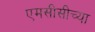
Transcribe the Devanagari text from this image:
एमसीसीच्या